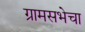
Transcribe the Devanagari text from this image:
ग्रामसभेचा